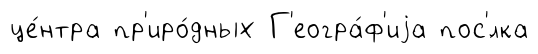
це́нтра пр'иро́дных Г'еогра́ф'иjа пос'́лка